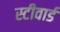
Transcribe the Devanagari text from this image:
स्टीवार्ड